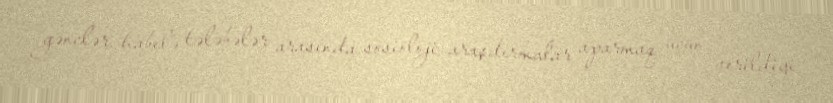
gənclər, habelə tələbələr arasında sosioloji araşdırmalar aparmaq üçün verildiyi